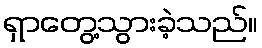
ရှာတွေ့သွားခဲ့သည်။